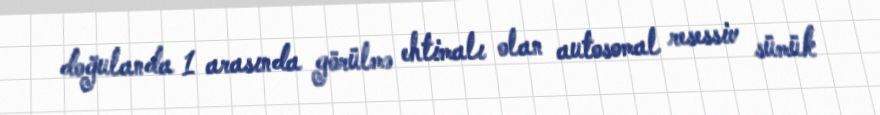
doğulanda 1 arasında görülmə ehtimalı olan autosomal resessiv sümük